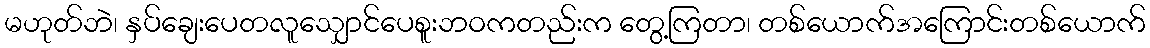
မဟုတ်ဘဲ၊ နှပ်ချေးပေတလူသျှောင်ပေစူးဘဝကတည်းက တွေ့ကြတာ၊ တစ်ယောက်အကြောင်းတစ်ယောက်